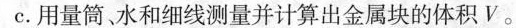
C.用量筒水和细线测量并计算出金属块的体积V。